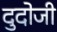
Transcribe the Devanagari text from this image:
दुदोजी